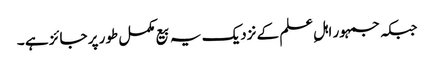
جبکہ جمہور اہلِ علم کے نزدیک یہ بیع مکمل طور پر جائز ہے ۔